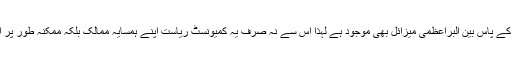
اس تجزیے کے مطابق چونکہ اب شمالی کوریا کے پاس بین البراعظمی میزائل بھی موجود ہے لہذا اس سے نہ صرف یہ کمیونسٹ ریاست اپنے ہمسایہ ممالک بلکہ ممکنہ طور پر امریکا کے لیے بھی ایک بڑا خطرہ بن گئی ہے۔